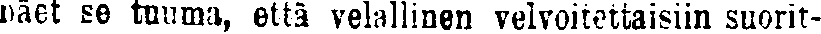
näet se tuuma, että velallinen velvoitettaisiin suorit-